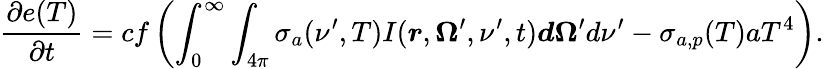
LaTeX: \frac{\partial e(T)}{\partial t}=cf\left(\int_{0}^{\infty}\int_{4\pi}\sigma_{a}(\nu^{\prime},T)I(\boldsymbol{r},\boldsymbol{\Omega}^{\prime},\nu^{\prime},t)\boldsymbol{d\Omega}^{\prime}d\nu^{\prime}-\sigma_{a,p}(T)aT^{4}\right).